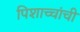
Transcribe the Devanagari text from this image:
पिशाच्चांची